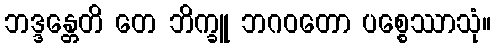
ဘဒ္ဒန္တေတိ တေ ဘိက္ခူ ဘဂဝတော ပစ္စေဿာသုံ။